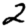
Digit: 2